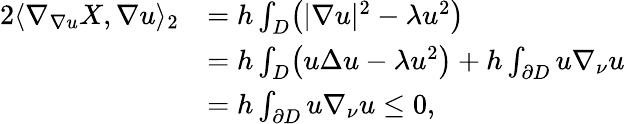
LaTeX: \begin{array}{rl}{2\langle\nabla_{\nabla u}X,\nabla u\rangle_{2}}&{=h\int_{D}\bigl(|\nabla u|^{2}-\lambda u^{2}\bigr)}\\ &{=h\int_{D}\bigl(u\Delta u-\lambda u^{2}\bigr)+h\int_{\partial D}u\nabla_{\nu}u}\\ &{=h\int_{\partial D}u\nabla_{\nu}u\le 0,}\end{array}